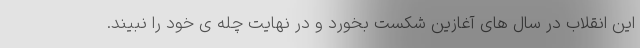
این انقلاب در سال های آغازین شکست بخورد و در نهایت چله ی خود را نبیند.